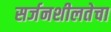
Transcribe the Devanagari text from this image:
सर्जनशीलतेचा